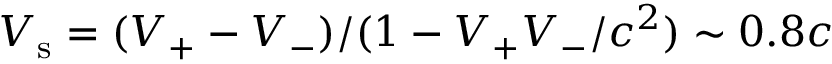
V _ { \mathrm { s } } = ( V _ { + } - V _ { - } ) / ( 1 - V _ { + } V _ { - } / c ^ { 2 } ) \sim 0 . 8 c